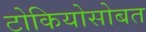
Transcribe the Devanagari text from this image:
टोकियोसोबत